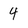
Character: 4